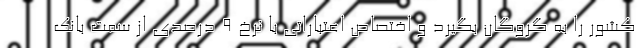
کشور را به گروگان بگیرد و اختصاص اعتباراتی با نرخ ۹ درصدی از سمت بانک